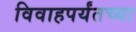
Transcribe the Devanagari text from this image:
विवाहपर्यंतच्या